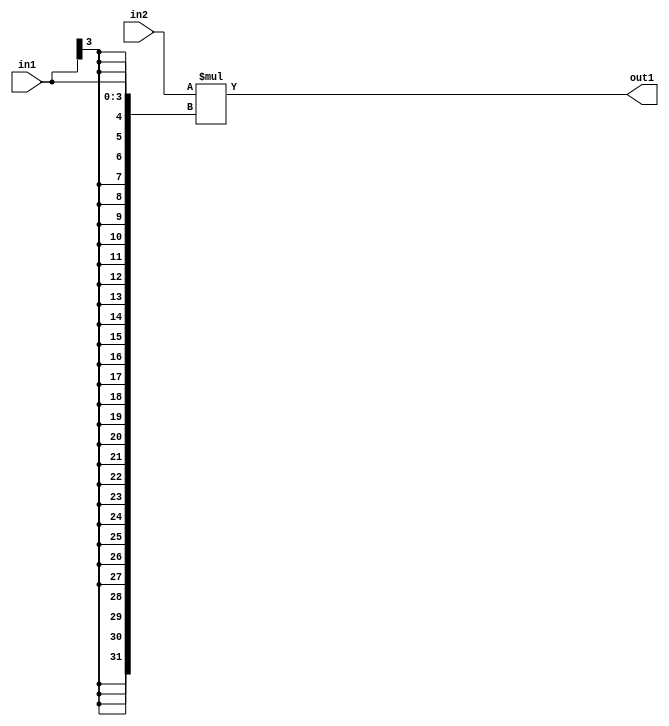
`timescale 1ps / 1ps
/*****************************************************************************
    Verilog RTL Description
    
    
    Created by: Stratus DpOpt 21.05.01 
*******************************************************************************/

module SobelFilter_Mul_32Sx4S_32S_1 (
	in2,
	in1,
	out1
	); /* architecture "behavioural" */ 
input [31:0] in2;
input [3:0] in1;
output [31:0] out1;
wire [31:0] asc001;

assign asc001 = 
	+(in2 * {{28{in1[3]}}, in1});

assign out1 = asc001;
endmodule

/* CADENCE  ubL5Qww= : u9/ySxbfrwZIxEzHVQQV8Q== ** DO NOT EDIT THIS LINE ******/